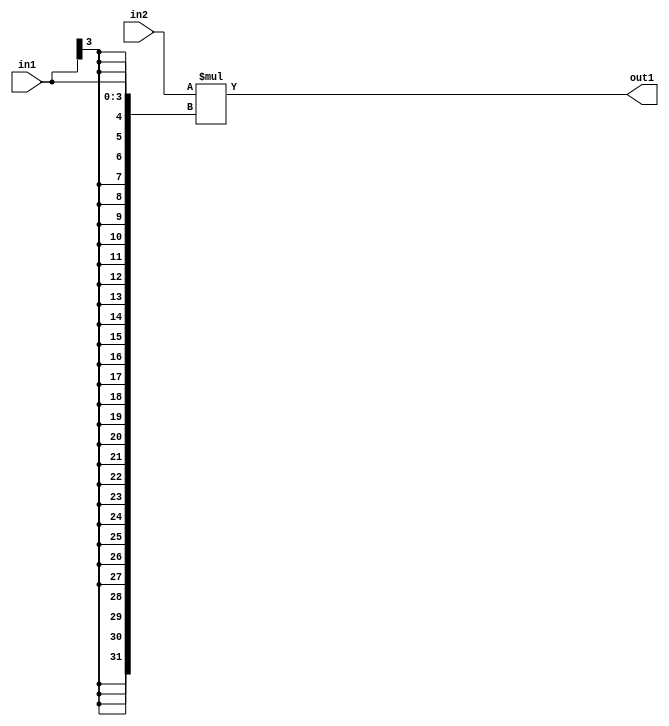
`timescale 1ps / 1ps
/*****************************************************************************
    Verilog RTL Description
    
    
    Created by: Stratus DpOpt 21.05.01 
*******************************************************************************/

module SobelFilter_Mul_32Sx4S_32S_1 (
	in2,
	in1,
	out1
	); /* architecture "behavioural" */ 
input [31:0] in2;
input [3:0] in1;
output [31:0] out1;
wire [31:0] asc001;

assign asc001 = 
	+(in2 * {{28{in1[3]}}, in1});

assign out1 = asc001;
endmodule

/* CADENCE  ubL5Qww= : u9/ySxbfrwZIxEzHVQQV8Q== ** DO NOT EDIT THIS LINE ******/